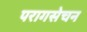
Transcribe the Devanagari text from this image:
परागसेचन